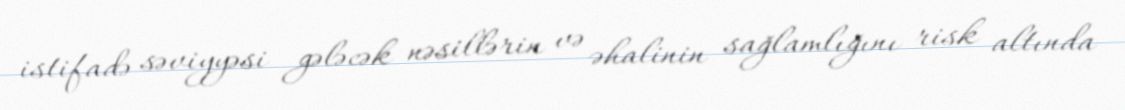
istifadə səviyyəsi gələcək nəsillərin və əhalinin sağlamlığını risk altında